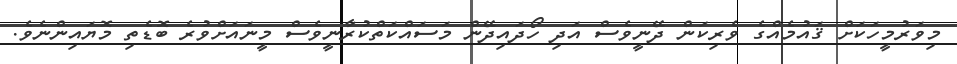
މިވަރުމީހަކަށް ޤައުމެއްގެ ވެރިކަން ދޭނީވެސް އަދި ހޯދައިދޭން މަސައްކަތްކުރާނީވެސް މީނައަށްވުރެ ބޮޑެތި މޮޔައިންނެވެ.